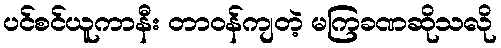
ပင်စင်ယူကာနီး တာဝန်ကျတဲ့ မကြခဏဆိုသလို